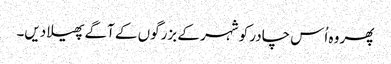
پھر وہ اُس چادر کو شہر کے بزرگوں کے آگے پھیلا دیں۔